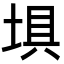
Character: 埧